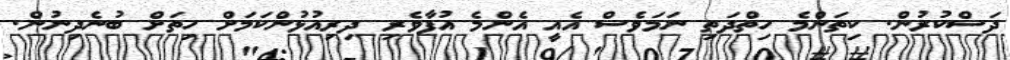
ދަސްކުރުން. ކިތަންމެ ހިތްދަތި ނަމަވެސް އެއީ އެންމެ އުފާވެރި ދިރިއުޅުންކަމަށް ހިތަށް ބުނެދިނުން.